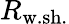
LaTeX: R_{\mathrm{w.sh.}}